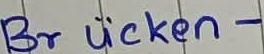
Text: Brücken-